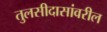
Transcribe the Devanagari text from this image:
तुलसीदासांवरील